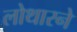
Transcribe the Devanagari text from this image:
लोथारने